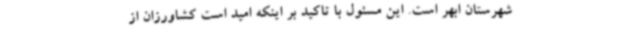
شهرستان ابهر است. این مسئول با تاکید بر اینکه امید است کشاورزان از